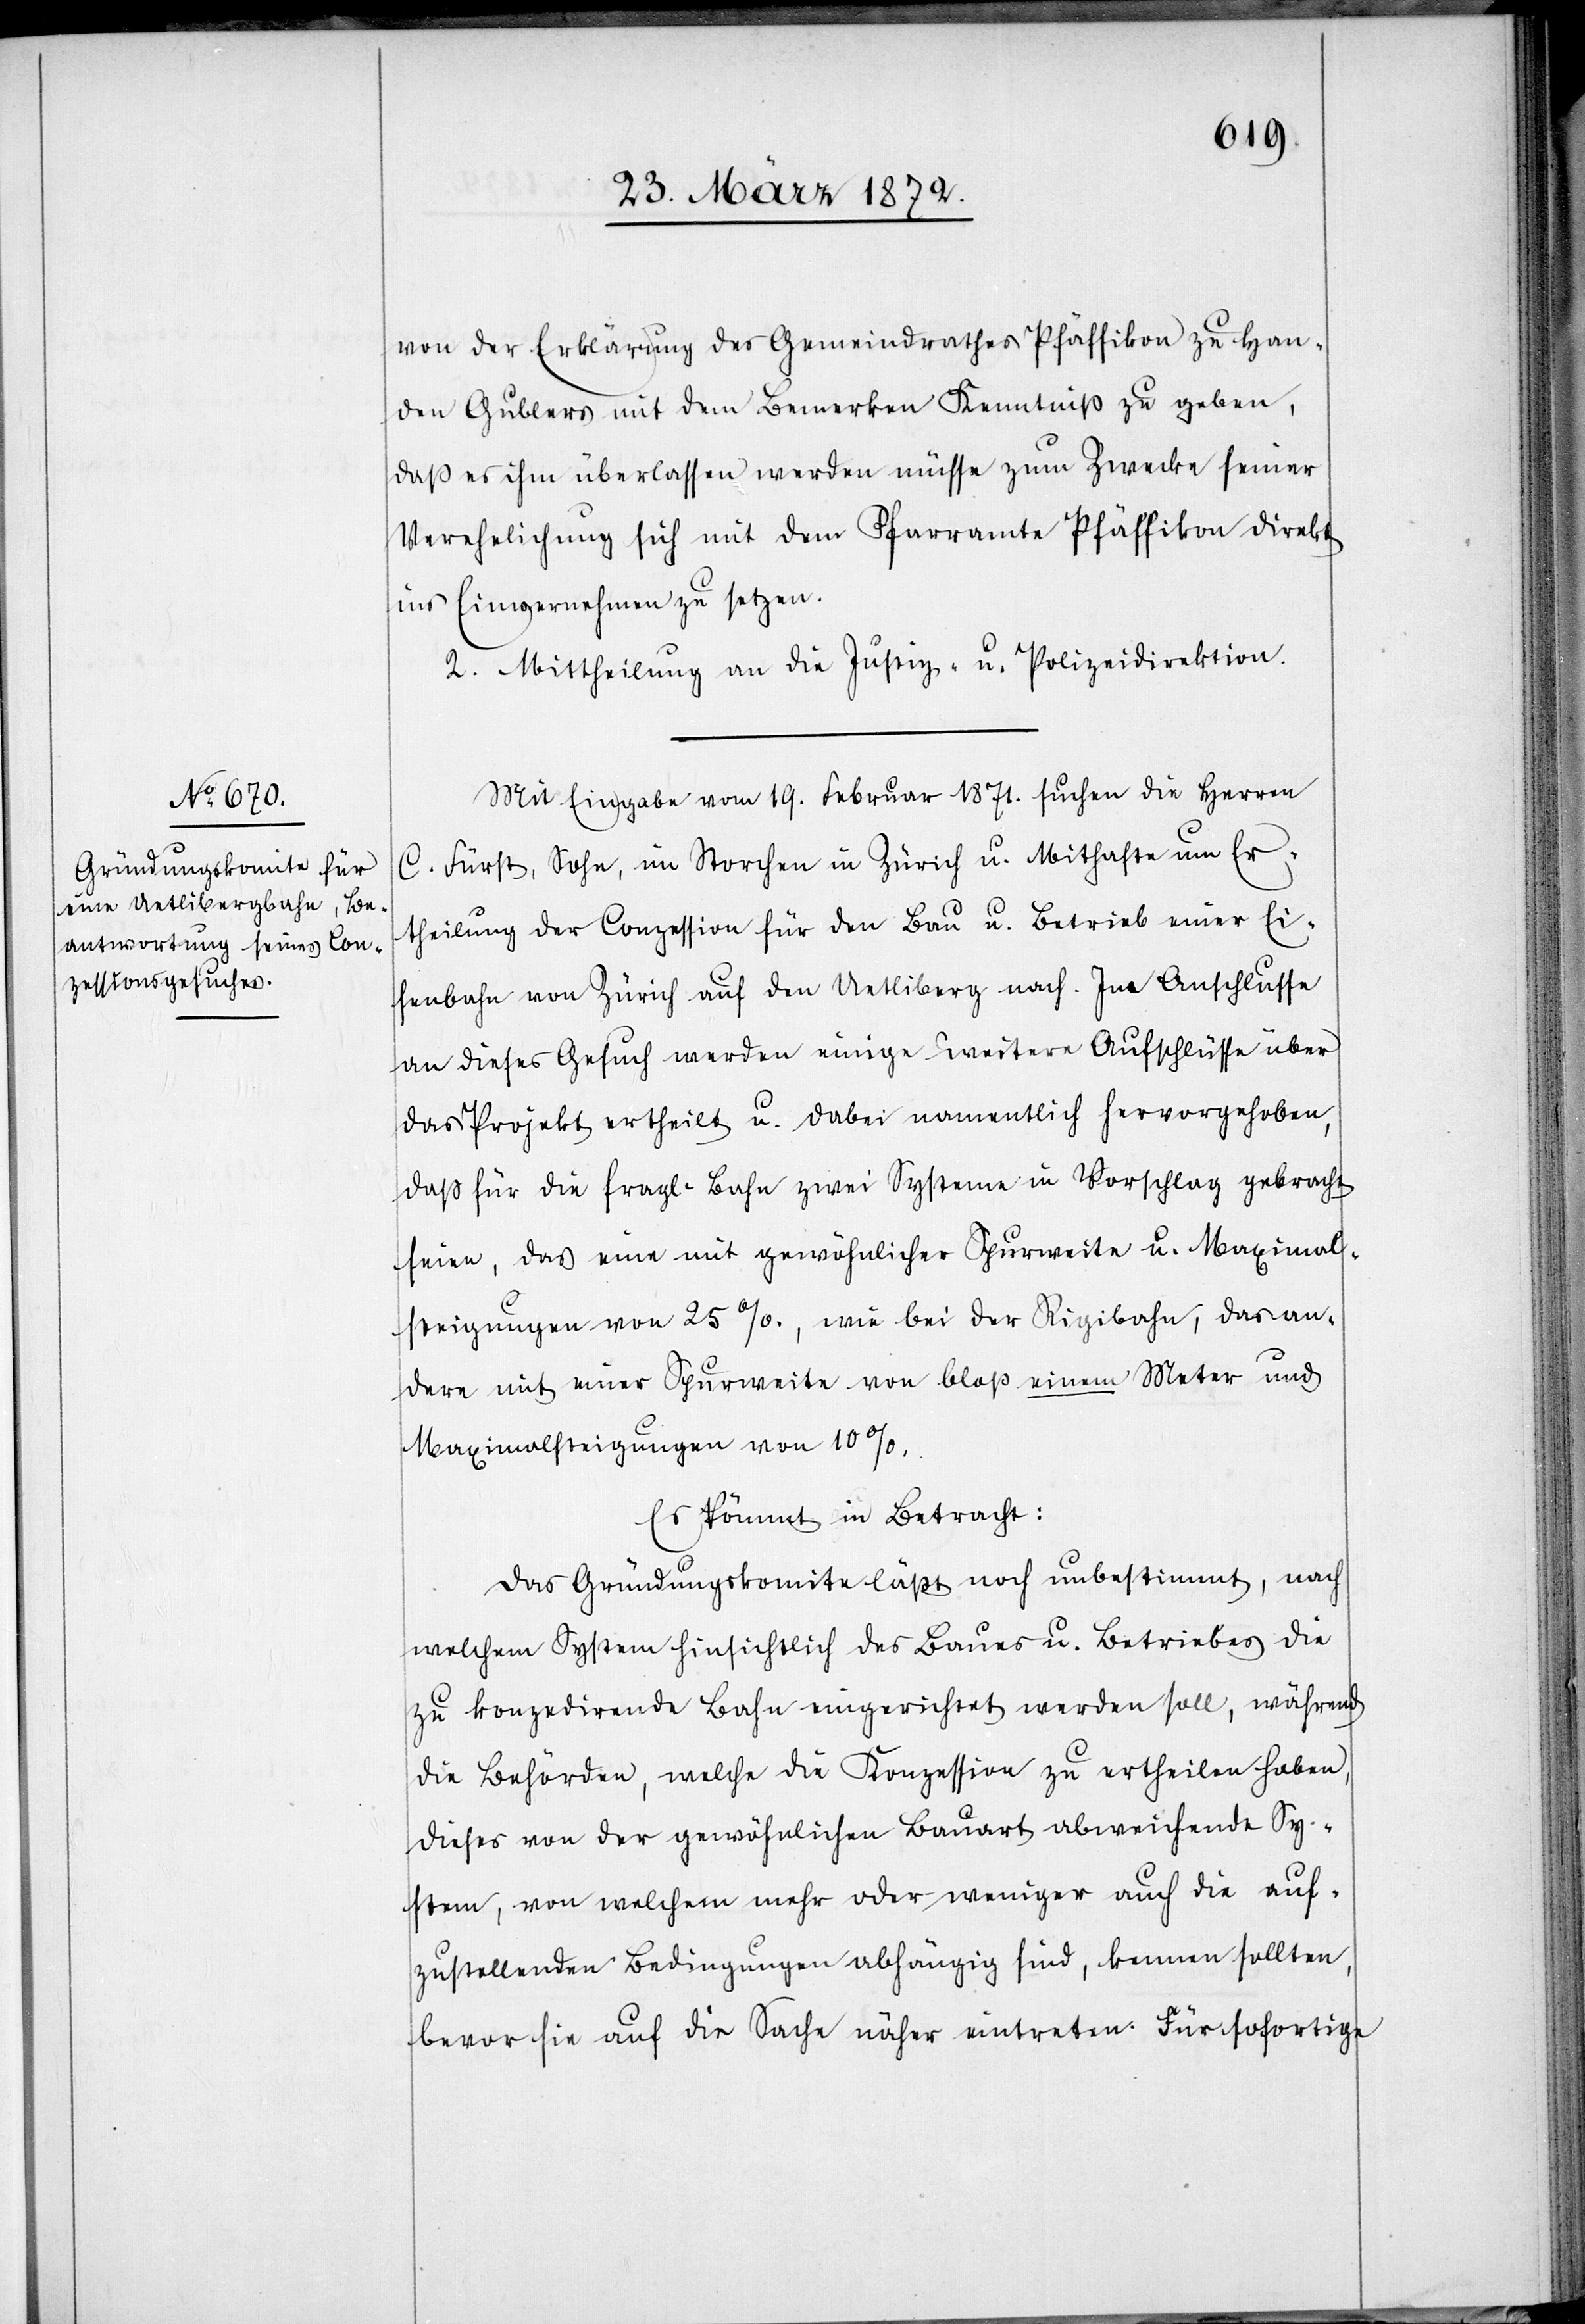
von der Erklärung des Gemeindrathes Pfäffikon zu Han¬
den Gublers mit dem Bemerken Kenntniß zu geben,
daß es ihm überlassen werden müsse zum Zwecke seiner
Verehelichung sich mit dem Pfarramte Pfäffikon direkt
ins Einvernehmen zu setzen.
2. Mittheilung an die Justiz- u. Polizeidirektion.
Mit Eingabe vom 19. Februar 1871. suchen die Herren
C. Fürst, Sohn, im Storchen in Zürich u. Mithafte um Er¬
theilung der Conzession für den Bau u. Betrieb einer Ei¬
senbahn von Zürich auf den Uetliberg nach. Im Anschlusse
an dieses Gesuch werden einige weitere Aufschlüsse über
das Projekt ertheilt u. dabei namentlich hervorgehoben,
daß für die fragl. Bahn zwei Systeme in Vorschlag gebracht
seien, das eine mit gewöhnlicher Spurweite u. Maximal¬
steigungen von 25%., wie bei der Rigibahn, das an¬
dere mit einer Spurweite von bloß einem Meter und
Maximalsteigungen von 10%.
Es kommt in Betracht:
Das Gründungskomite läßt noch unbestimmt, nach
welchem System hinsichtlich des Baues u. Betriebes die
zu konzedirende Bahn eingerichtet werden soll, während
die Behörden, welche die Konzession zu ertheilen haben,
dieses von der gewöhnlichen Bauart abweichende Sy¬
stem, von welchem mehr oder weniger auch die auf¬
zustellenden Bedingungen abhängig sind, kennen sollten,
bevor sie auf die Sache näher eintreten. Für sofortige